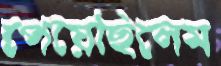
পেয়েছিলেম